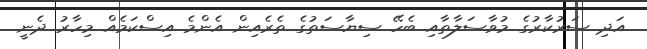
އަދި ސަރުކާރުގެ މުވާސަލާތާއި ބެހޭ ސިޔާސަތުގެ ތެރެއިން އެންމެ އިސްކަމެއް މިހާރު ދެނީ